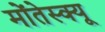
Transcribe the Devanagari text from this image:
मोंतेस्क्यू